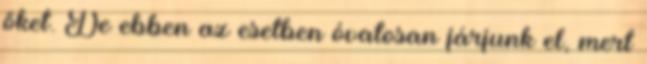
őket. De ebben az esetben óvatosan járjunk el, mert